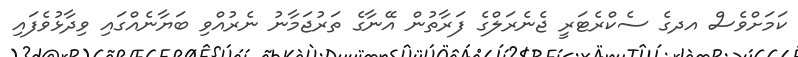
ކަމަށްވެސް އދގެ ސެކްރެޓަރީ ޖެނެރަލްގެ ފަރާތުން އޭނާގެ ތަރުޖަމާނު ނެރުއްވި ބަޔާނެއްގައި ވިދާޅުވެފައި